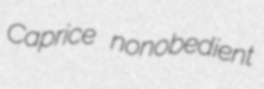
Caprice nonobedient